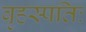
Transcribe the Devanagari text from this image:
बृहस्पतिः